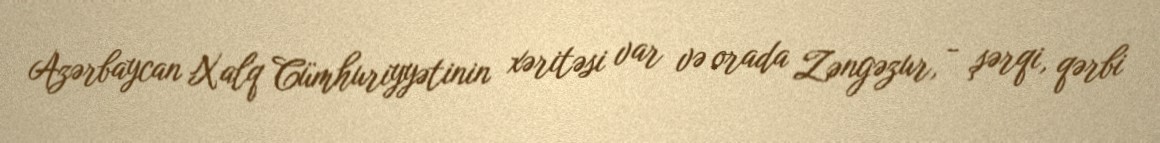
Azərbaycan Xalq Cümhuriyyətinin xəritəsi var və orada Zəngəzur, - şərqi, qərbi